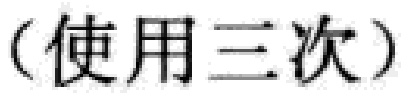
（使用三次）